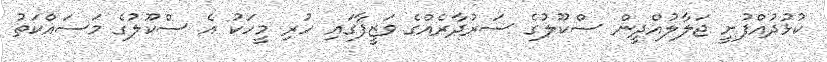
ކުޅުދުއްފުށީ ޖަލާލުއްދީން ސްކޫލުގެ ސަރުދާރެއްގެ ވަޒީފާގައި ހުރި މީހަކު އެ ސްކޫލުގެ މަސައްކަތު